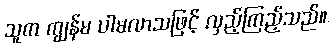
သူက ကျွန်မ ပါမလာသဖြင့် လှည့်ကြည့်သည်။